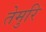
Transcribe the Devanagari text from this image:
तेमुरि